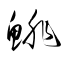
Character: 鯡